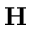
\mathbf { H }